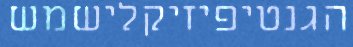
הגנטיפיזיקלישמש